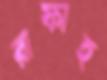
রাফাহ